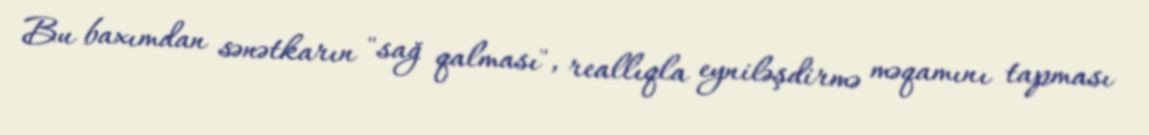
Bu baxımdan sənətkarın "sağ qalması", reallıqla eyniləşdirmə məqamını tapması